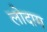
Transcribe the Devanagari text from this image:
लोदाम